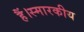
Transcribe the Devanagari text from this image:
हैं।स्मारकीय